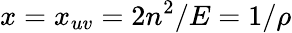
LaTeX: x=x_{uv}=2n^{2}/E=1/\rho